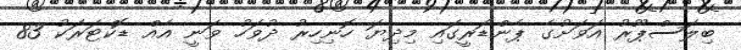
ބިލަސްޕޫރު އަވަށުގެ ޕެންޑަރީގައި މިދިޔަ ހޮނިހިރު ދުވަހު ވަނީ އެއް ޑޮކްޓަރަކު 83